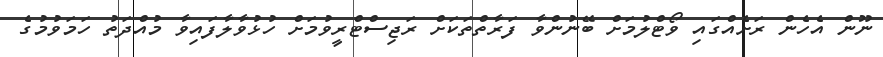
ނޫން އެހެން ރަށެއްގައި ވޯޓްލުމަށް ބޭނުންވާ ފަރާތްތަކަށް ރަޖިސްޓްރީވުމަށް ހުޅުވާލާފައިވާ މުއްދަތު ހަމަވުމުގެ